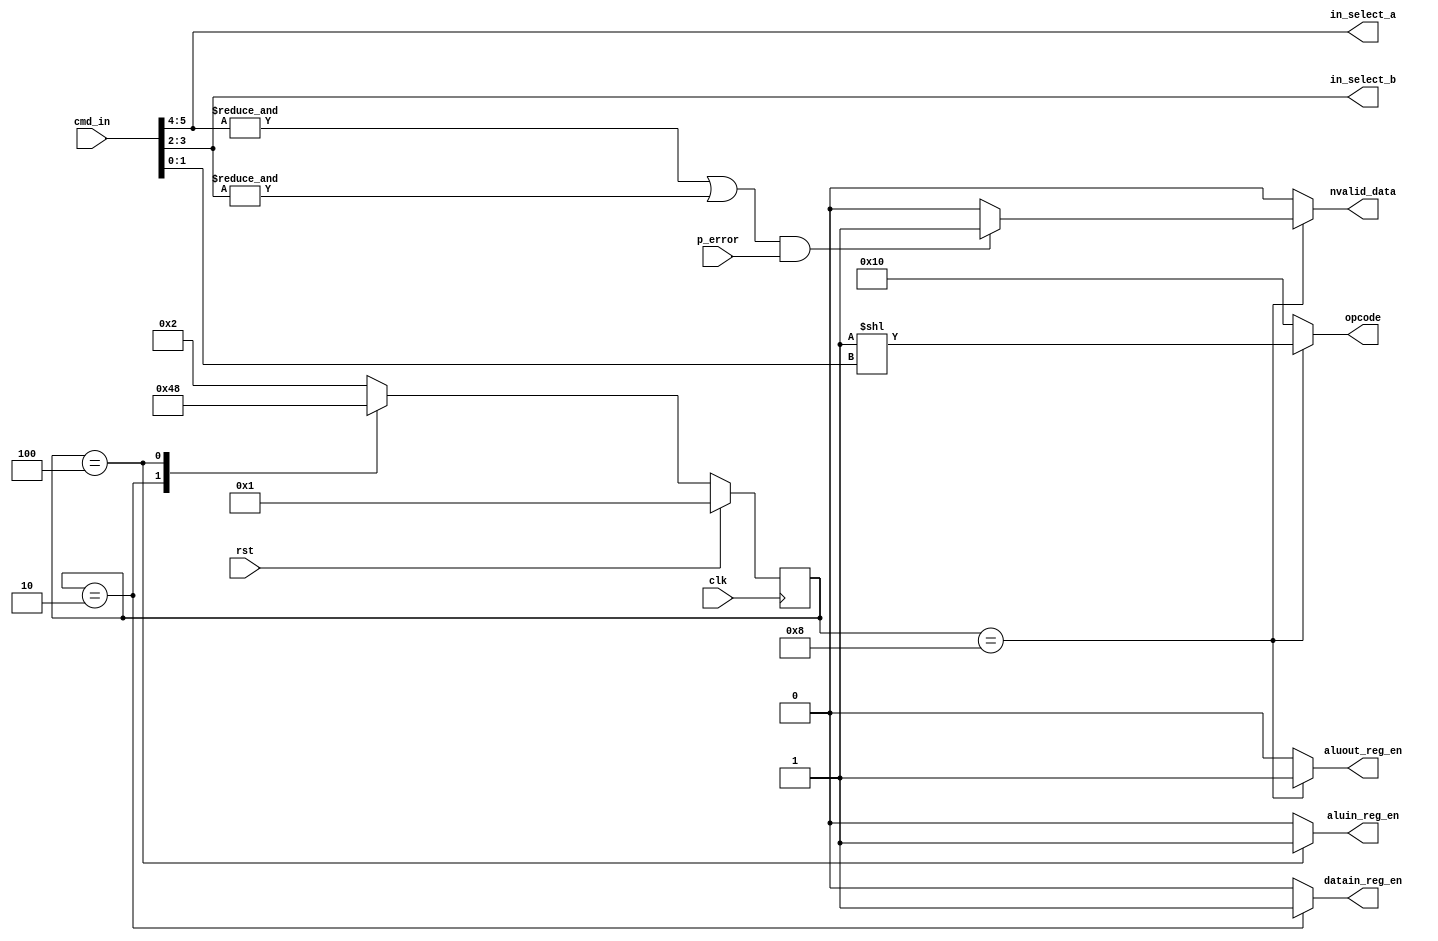
module control #(
  parameter WIDTH   = 8,
  parameter NINP    = 3,
  parameter NOPS    = 4,
  parameter OPSIZE  = 6,
  parameter SELSIZE = 2
  )(
  input wire  [0:0]       clk,
  input wire  [0:0]       rst,
  input wire  [OPSIZE-1:0]cmd_in,
  input wire  [0:0]       p_error,
  output reg  [0:0]       aluin_reg_en,
  output reg  [0:0]       datain_reg_en,
  output reg  [0:0]       aluout_reg_en,
  output reg  [0:0]       nvalid_data,
  output wire [NINP-2:0]  in_select_a,
  output wire [NINP-2:0]  in_select_b,
  output reg  [NOPS:0]    opcode
  );

localparam  RST     = 4'b0001,
            FETCH   = 4'b0010,
            LOAD    = 4'b0100,
            EXEC1   = 4'b1000,
            CTRLSTATES  = 4,
            //ALU NOP
            NOP     = 5'b10000;

wire [0:0] fb_data;

reg [CTRLSTATES-1:0]  current_state,
                      next_state;

always @(posedge clk) begin
  if(rst)
    current_state <= RST;
  else
    current_state <= next_state;
end

always @(current_state) begin
  opcode         = NOP;
  aluin_reg_en   = 1'b0;
  datain_reg_en  = 1'b0;
  aluout_reg_en  = 1'b0;
  nvalid_data    = 1'b0;
  next_state     = FETCH;
  case (current_state)
    RST: begin
     opcode         = NOP;
     next_state     = FETCH;
    end
    FETCH: begin
     opcode         = NOP;
     datain_reg_en  = 1'b1;
     next_state     = LOAD;
    end
    LOAD: begin
     opcode         = NOP;
     aluin_reg_en   = 1'b1;
     next_state     = EXEC1;
    end
    EXEC1: begin
     opcode         = 1'b1<<cmd_in[1:0];
     nvalid_data    = (fb_data & p_error) ? 1'b1 : 1'b0;
     aluout_reg_en  = 1'b1;
     next_state     = FETCH;
    end
    /*default: begin
     opcode         = NOP; //opcode;
     next_state     = FETCH; //next_state;
    end*/
  endcase
end

assign in_select_a = cmd_in[OPSIZE-1:OPSIZE-2];
assign in_select_b = cmd_in[OPSIZE-3:OPSIZE-4];
assign fb_data     = (&in_select_a | &in_select_b);

endmodule